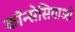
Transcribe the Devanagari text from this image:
कॉन्सेसियाओ